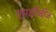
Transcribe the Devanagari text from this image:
एमडीजीज